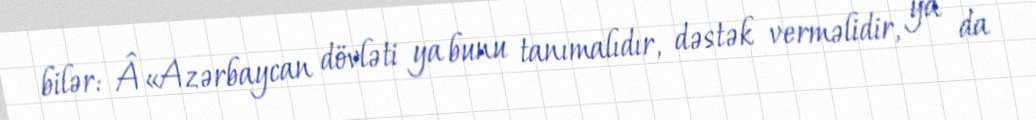
bilər: Â«Azərbaycan dövləti ya bunu tanımalıdır, dəstək verməlidir, ya da